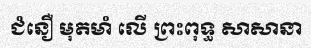
ជំនឿ មុតមាំ លើ ព្រះពុទ្ធ សាសានា